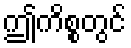
ဤကိစ္စတွင်